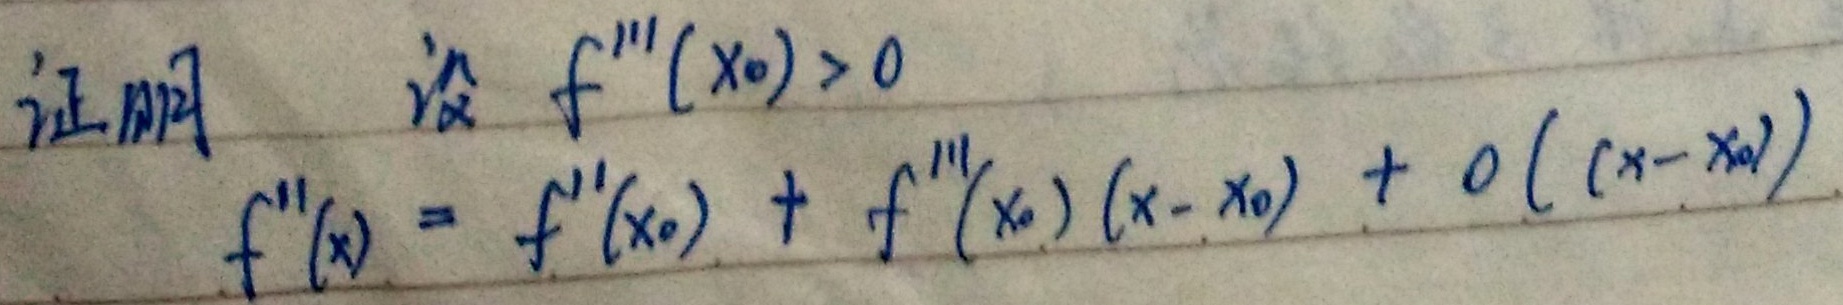
证明：设 \(f'''(x_0)>0\)，\(f''(x)=f''(x_0)+f'''(x_0)(x - x_0)+o((x - x_0))\) 。